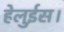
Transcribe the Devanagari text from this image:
हेलुईस।